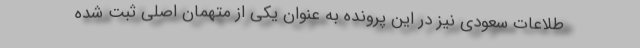
طلاعات سعودی نیز در این پرونده به عنوان یکی از متهمان اصلی ثبت شده